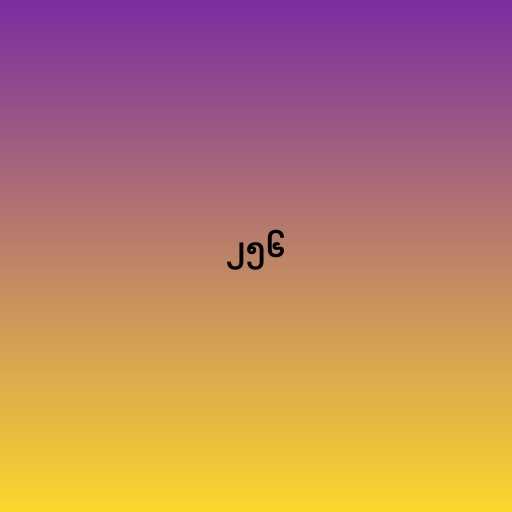
၂၅၆